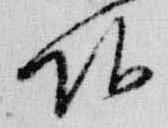
頭